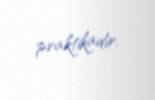
praktikadır.